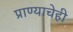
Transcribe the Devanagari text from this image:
प्राण्याचेही